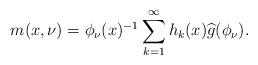
LaTeX: \begin{align*}m(x,\nu)=\phi_{\nu}(x)^{-1}\sum_{k=1}^{\infty}h_{k}(x)\widehat{g}(\phi_\nu).\end{align*}